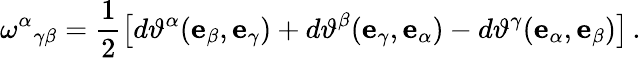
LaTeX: \omega^{\alpha}{}_{\gamma\beta}=\frac{1}{2}\left[d\vartheta^{\alpha}(\mathbf{e}_{\beta},\mathbf{e}_{\gamma})+d\vartheta^{\beta}(\mathbf{e}_{\gamma},\mathbf{e}_{\alpha})-d\vartheta^{\gamma}(\mathbf{e}_{\alpha},\mathbf{e}_{\beta})\right]\, .